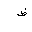
Letter: _dad